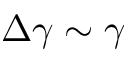
\Delta \gamma \sim \gamma